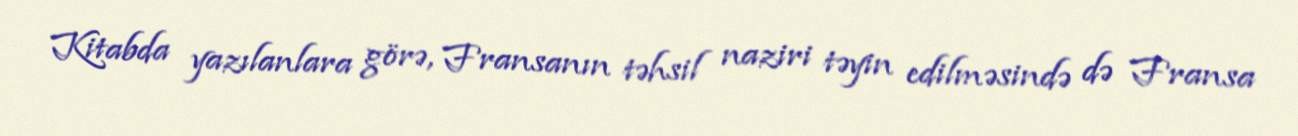
Kitabda yazılanlara görə, Fransanın təhsil naziri təyin edilməsində də Fransa